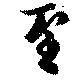
至